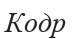
Кодр